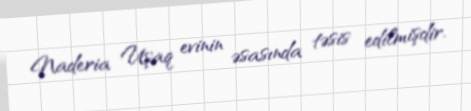
Naderia Uşaq evinin əsasında təsis edilmişdir.